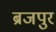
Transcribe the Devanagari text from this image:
ब्रजपुर